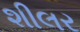
શીલર